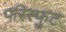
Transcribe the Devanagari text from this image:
परिस्फुट